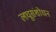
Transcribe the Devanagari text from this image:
लघूसंशोधन